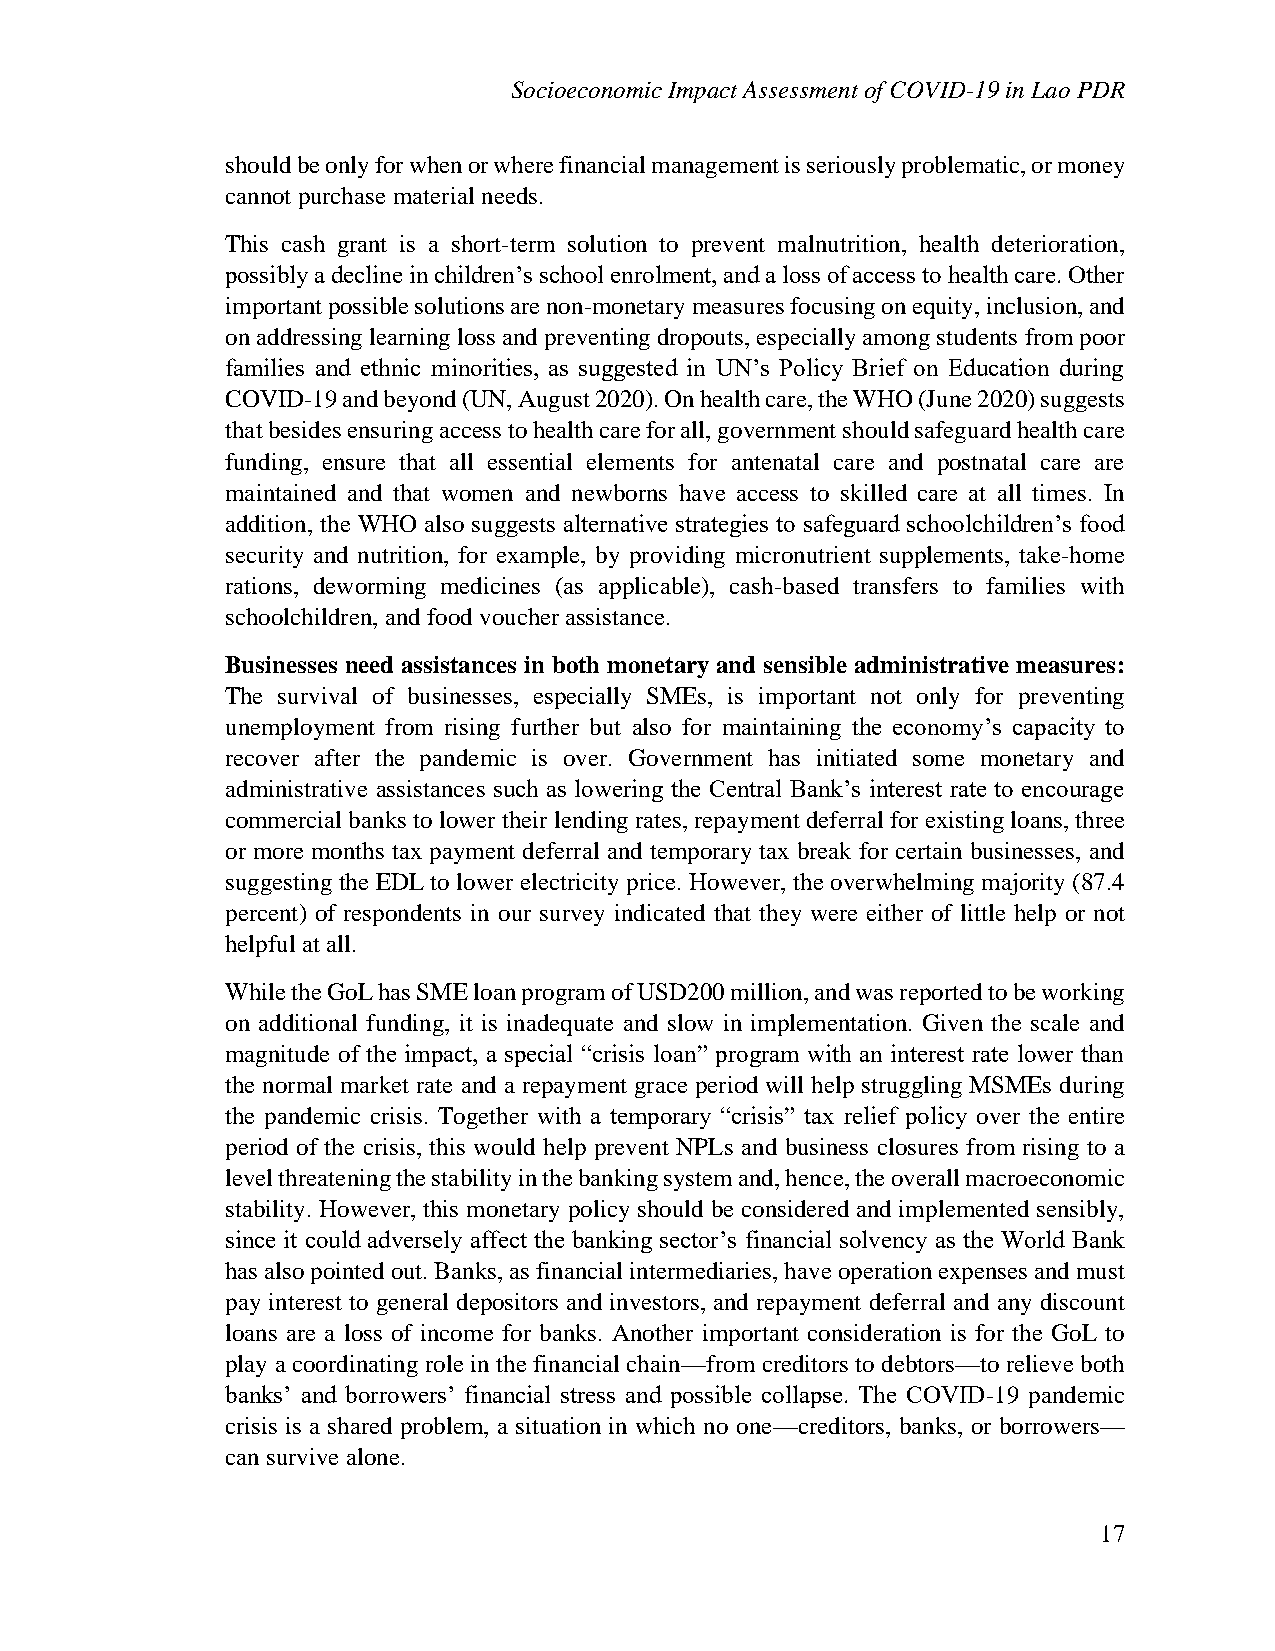
Socioeconomic Impact Assessment of COVID-19 in Lao PDR
 should be only for when or where financial management is seriously problematic, or money
 cannot purchase material needs.
 This cash grant is a short-term solution to prevent malnutrition, health deterioration,
 possibly a decline in children’s school enrolment, and a loss of access to health care. Other
 important possible solutions are non-monetary measures focusing on equity, inclusion, and
 on addressing learning loss and preventing dropouts, especially among students from poor
 families and ethnic minorities, as suggested in UN’s Policy Brief on Education during
 COVID-19 and beyond (UN, August 2020). On health care, the WHO (June 2020) suggests
 that besides ensuring access to health care for all, government should safeguard health care
 funding, ensure that all essential elements for antenatal care and postnatal care are
 maintained and that women and newborns have access to skilled care at all times. In
 addition, the WHO also suggests alternative strategies to safeguard schoolchildren’s food
 security and nutrition, for example, by providing micronutrient supplements, take-home
 rations, deworming medicines (as applicable), cash-based transfers to families with
 schoolchildren, and food voucher assistance.
 Businesses need assistances in both monetary and sensible administrative measures:
 The survival of businesses, especially SMEs, is important not only for preventing
 unemployment from rising further but also for maintaining the economy’s capacity to
 recover after the pandemic is over. Government has initiated some monetary and
 administrative assistances such as lowering the Central Bank’s interest rate to encourage
 commercial banks to lower their lending rates, repayment deferral for existing loans, three
 or more months tax payment deferral and temporary tax break for certain businesses, and
 suggesting the EDL to lower electricity price. However, the overwhelming majority (87.4
 percent) of respondents in our survey indicated that they were either of little help or not
 helpful at all.
 While the GoL has SME loan program of USD200 million, and was reported to be working
 on additional funding, it is inadequate and slow in implementation. Given the scale and
 magnitude of the impact, a special “crisis loan” program with an interest rate lower than
 the normal market rate and a repayment grace period will help struggling MSMEs during
 the pandemic crisis. Together with a temporary “crisis” tax relief policy over the entire
 period of the crisis, this would help prevent NPLs and business closures from rising to a
 level threatening the stability in the banking system and, hence, the overall macroeconomic
 stability. However, this monetary policy should be considered and implemented sensibly,
 since it could adversely affect the banking sector’s financial solvency as the World Bank
 has also pointed out. Banks, as financial intermediaries, have operation expenses and must
 pay interest to general depositors and investors, and repayment deferral and any discount
 loans are a loss of income for banks. Another important consideration is for the GoL to
 play a coordinating role in the financial chain—from creditors to debtors—to relieve both
 banks’ and borrowers’ financial stress and possible collapse. The COVID-19 pandemic
 crisis is a shared problem, a situation in which no one—creditors, banks, or borrowers—
 can survive alone.
 17